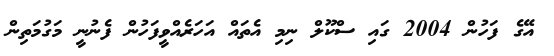
އޭގެ ފަހުން 2004 ގައި ސްކޫލް ނިމި އެތައް އަހަރެއްވީފަހުން ފެނުނީ މަގުމަތިން